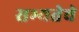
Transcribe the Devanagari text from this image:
सभ्यतेचे